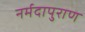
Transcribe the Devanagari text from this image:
नर्मदापुराण